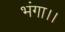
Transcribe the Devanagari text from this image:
भंगा।।